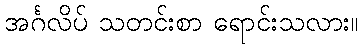
အင်္ဂလိပ် သတင်းစာ ရောင်းသလား။